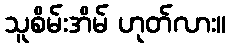
သူစိမ်းအိမ် ဟုတ်လား။